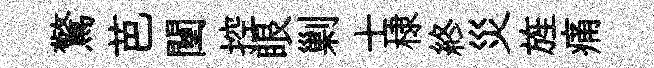
驚芭闉控眼剿士棣終災旌痛